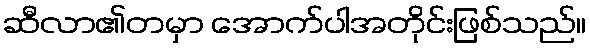
ဆီလာ၏တမှာ အောက်ပါအတိုင်းဖြစ်သည်။